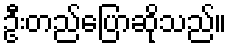
ဦးတည်ပြောဆိုသည်။